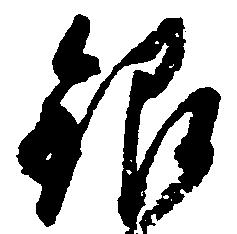
銀